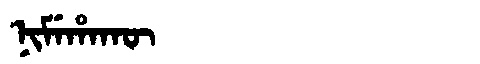
Manchu: ᠨᡳᠮᡝᡥᠠᡴᡡ
Romanization: NIMEHAKŪ